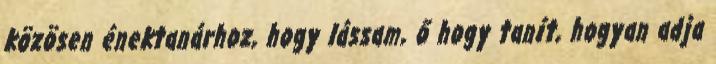
közösen énektanárhoz, hogy lássam, ő hogy tanít, hogyan adja